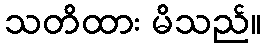
သတိထား မိသည်။